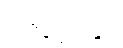
ဝိဇဋေတွာ